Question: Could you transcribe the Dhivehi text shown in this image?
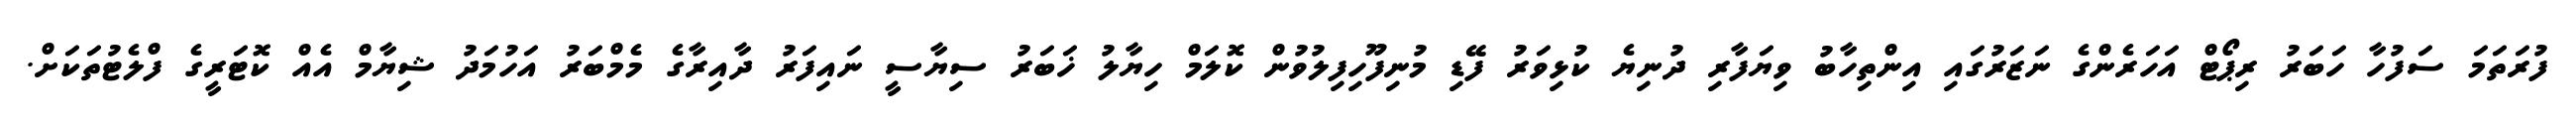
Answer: ފުރަތަމަ ސަފުހާ ހަބަރު ރިޕޯޓް އަހަރެންގެ ނަޒަރުގައި އިންތިހާބު ވިޔަފާރި ދުނިޔެ ކުޅިވަރު ފޭޑި މުނިފޫހިފިލުވުން ކޮލަމް ހިޔާލު ޚަބަރު ސިޔާސީ ނައިފަރު ދާއިރާގެ މެމްބަރު އަހުމަދު ޝިޔާމް އެއް ކޮޓަރީގެ ފްލެޓުތަކަށް.